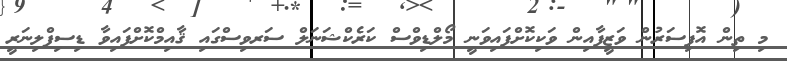
މި ތިން އޮފިސަރުން ވަޒީފާއިން ވަކިކޮށްފައިވަނީ މޯލްޑިވްސް ކަރެކްޝަނަލް ސަރވިސްގައި ޤާއިމްކޮށްފައިވާ ޑިސިޕްލިނަރީ